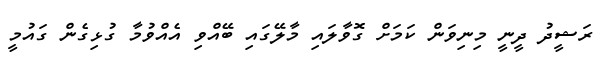
ރަޝީދު ދީނީ މިނިވަން ކަމަށް ގޮވާލައި މާލޭގައި ބޭއްވި އެއްވުމާ ގުޅިގެން ގައުމީ